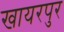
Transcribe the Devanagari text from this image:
खायरपुर